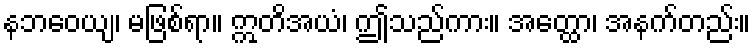
နဘဝေယျ၊ မဖြစ်ရာ။ ဣတိအယံ၊ ဤသည်ကား။ အတ္ထော၊ အနက်တည်း။